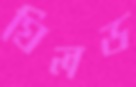
গ্রিলড